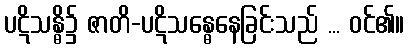
ပဋိသန္ဓိ၌ ဇာတိ-ပဋိသန္ဓေနေခြင်းသည် ... ဝင်၏။